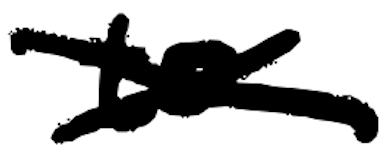
Text: to
Cross-out: cross
Writing tool: digital_black